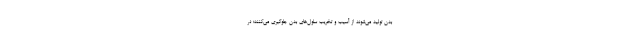
بدن تولید می‌شوند از آسیب و تخریب سلول‌های بدن جلوگیری می‌کنند؛ در